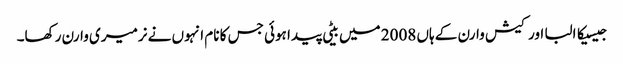
جیسیکا البا اور کیش وارن کے ہاں 2008 میں بیٹی پیدا ہوئی جس کا نام انہوں نے نرمیری وارن رکھا۔